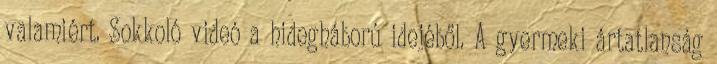
valamiért. Sokkoló videó a hidegháború idejéből. A gyermeki ártatlanság